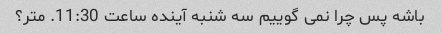
باشه پس چرا نمی گوییم سه شنبه آینده ساعت 11:30. متر؟